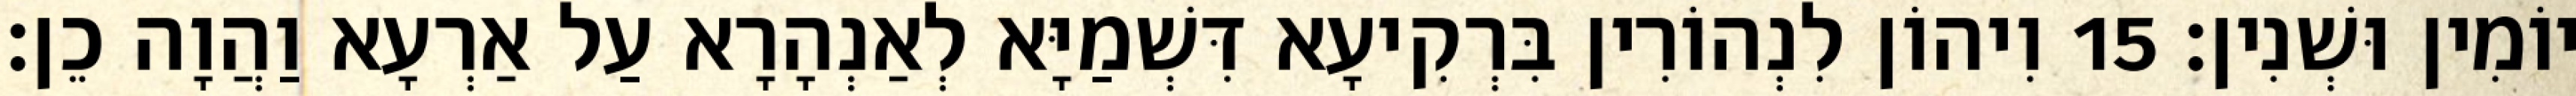
יוֹמִין וּשְׁנִין׃ 15 וִיהוֹן לִנְהוֹרִין בִּרְקִיעָא דִּשְׁמַיָּא לְאַנְהָרָא עַל אַרְעָא וַהֲוָה כֵן׃